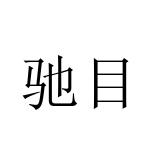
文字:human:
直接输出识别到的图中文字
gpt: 驰目